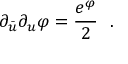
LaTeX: \partial _ { \bar { u } } \partial _ { u } \varphi = { \frac { e ^ { \varphi } } { 2 } } \ \ .